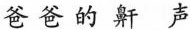
爸爸的鼾声